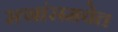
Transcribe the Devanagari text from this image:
रत्नांसमवेत